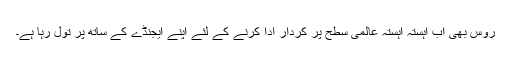
روس بھی اب آہستہ آہستہ عالمی سطح پر کردار ادا کرنے کے لئے اپنے ایجنڈے کے ساتھ پر تول رہا ہے۔